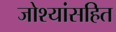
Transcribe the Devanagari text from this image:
जोश्यांसहित